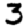
Digit: 3